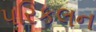
પરિકલન